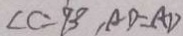
\angle C = 9 0 ^ { \circ } A D = A D